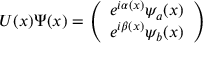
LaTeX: U ( x ) \Psi ( x ) = \left( \begin{array} { l } { { e ^ { i \alpha ( x ) } \psi _ { a } ( x ) } } \\ { { e ^ { i \beta ( x ) } \psi _ { b } ( x ) } } \end{array} \right)